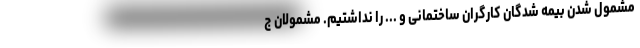
مشمول شدن بیمه شدگان کارگران ساختمانی و ... را نداشتیم. مشمولان ج